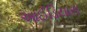
આઈડિયાસ